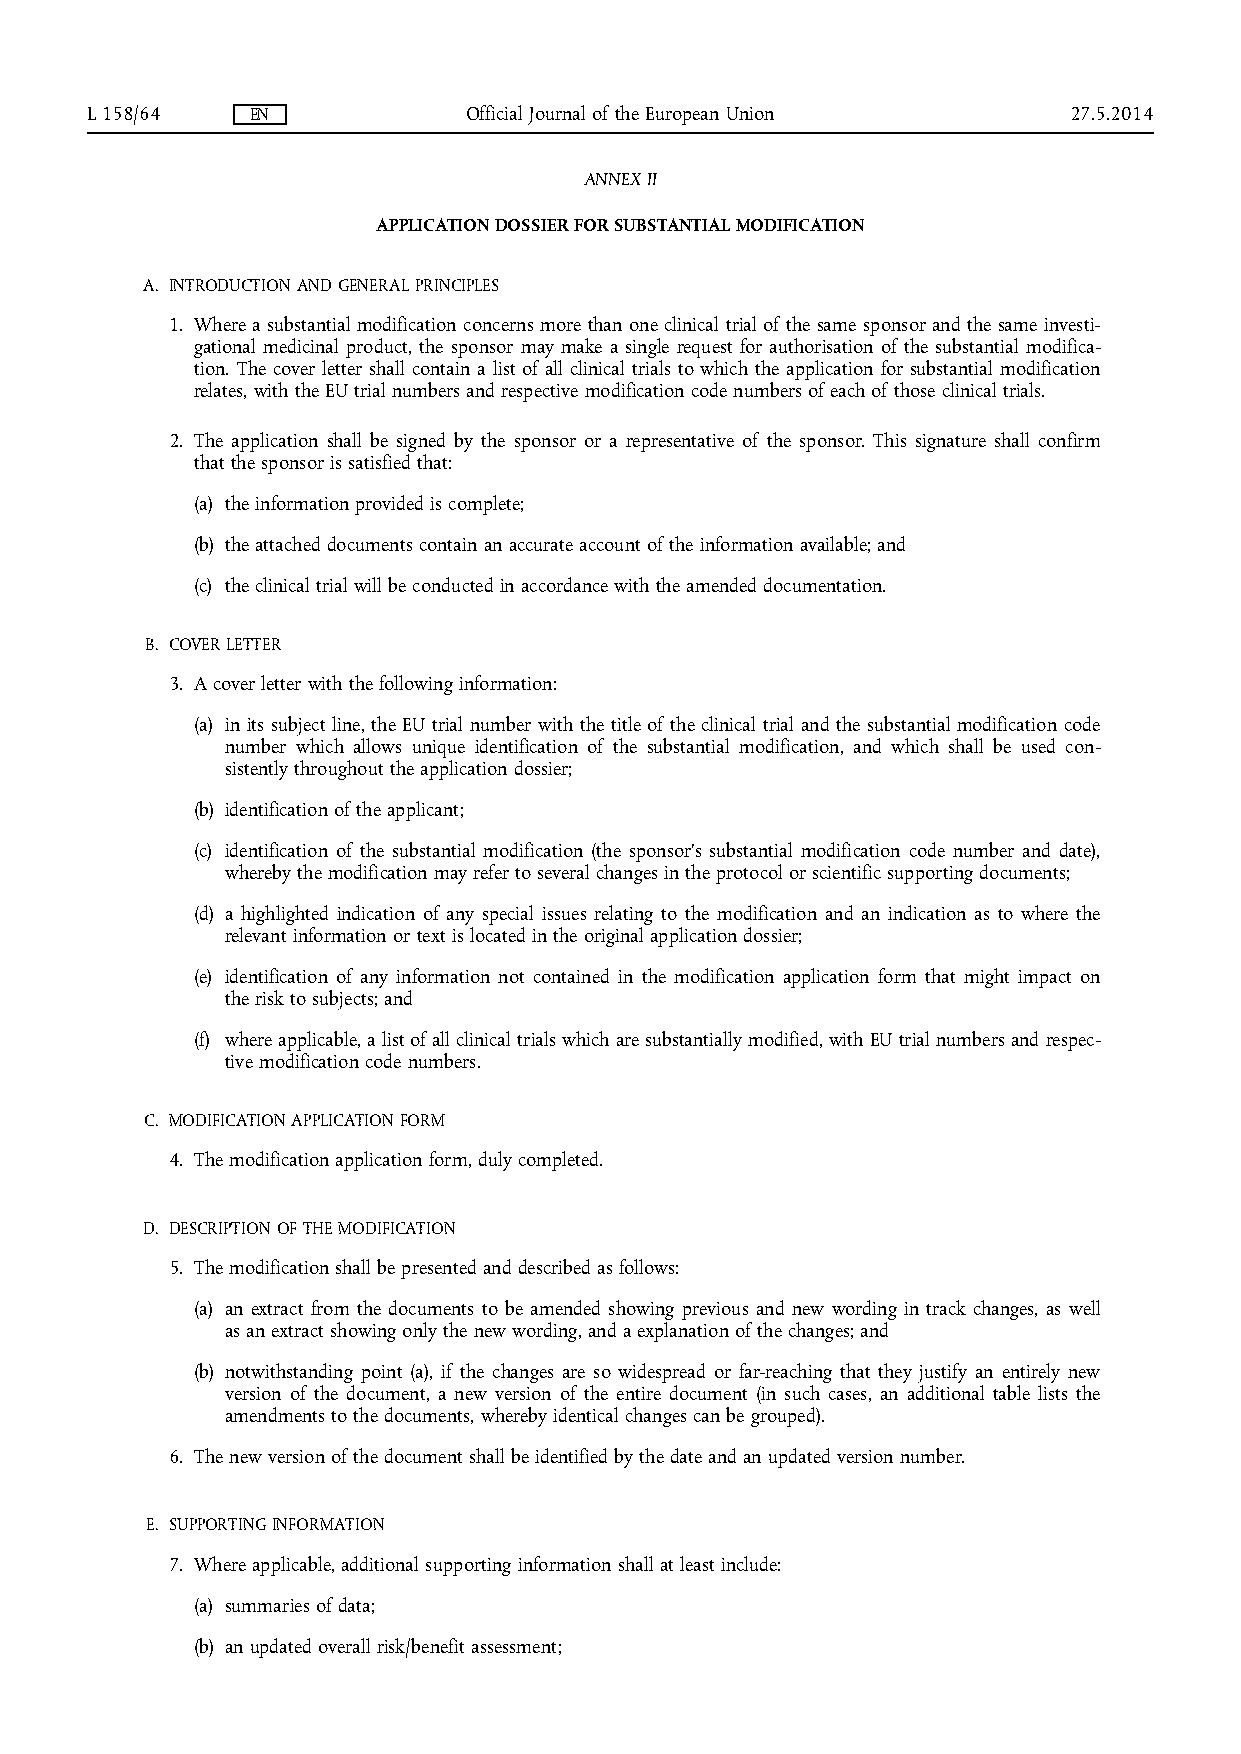
L 158/64   EN            Official Journal of the European Union  27.5.2014
 ANNEX II
 APPLICATION DOSSIER FOR SUBSTANTIAL MODIFICATION
 A. INTRODUCTION AND GENERAL PRINCIPLES
 1. Where a substantial modification concerns more than one clinical trial of the same sponsor and the same investi­
 gational medicinal product, the sponsor may make a single request for authorisation of the substantial modifica­
 tion. The cover letter shall contain a list of all clinical trials to which the application for substantial modification
 relates, with the EU trial numbers and respective modification code numbers of each of those clinical trials.
 2. The application shall be signed by the sponsor or a representative of the sponsor. This signature shall confirm
 that the sponsor is satisfied that:
 (a) the information provided is complete;
 (b) the attached documents contain an accurate account of the information available; and
 (c) the clinical trial will be conducted in accordance with the amended documentation.
 B. COVER LETTER
 3. A cover letter with the following information:
 (a) in its subject line, the EU trial number with the title of the clinical trial and the substantial modification code
 number which allows unique identification of the substantial modification, and which shall be used con­
 sistently throughout the application dossier;
 (b) identification of the applicant;
 (c) identification of the substantial modification (the sponsor's substantial modification code number and date),
 whereby the modification may refer to several changes in the protocol or scientific supporting documents;
 (d) a highlighted indication of any special issues relating to the modification and an indication as to where the
 relevant information or text is located in the original application dossier;
 (e) identification of any information not contained in the modification application form that might impact on
 the risk to subjects; and
 (f) where applicable, a list of all clinical trials which are substantially modified, with EU trial numbers and respec­
 tive modification code numbers.
 C. MODIFICATION APPLICATION FORM
 4. The modification application form, duly completed.
 D. DESCRIPTION OF THE MODIFICATION
 5. The modification shall be presented and described as follows:
 (a) an extract from the documents to be amended showing previous and new wording in track changes, as well
 as an extract showing only the new wording, and a explanation of the changes; and
 (b) notwithstanding point (a), if the changes are so widespread or far-reaching that they justify an entirely new
 version of the document, a new version of the entire document (in such cases, an additional table lists the
 amendments to the documents, whereby identical changes can be grouped).
 6. The new version of the document shall be identified by the date and an updated version number.
 E. SUPPORTING INFORMATION
 7. Where applicable, additional supporting information shall at least include:
 (a) summaries of data;
 (b) an updated overall risk/benefit assessment;